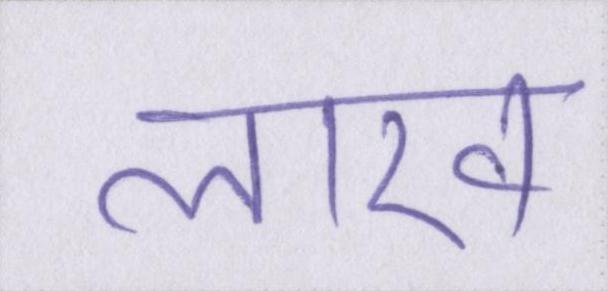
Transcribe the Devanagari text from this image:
लाख